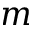
m